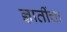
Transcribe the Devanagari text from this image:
ज्ञातींचा